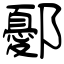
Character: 鄾